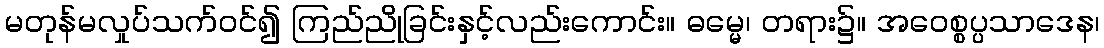
မတုန်မလှုပ်သက်ဝင်၍ ကြည်ညိုခြင်းနှင့်လည်းကောင်း။ ဓမ္မေ၊ တရား၌။ အဝေစ္စပ္ပသာဒေန၊